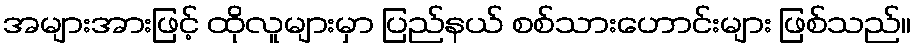
အများအားဖြင့် ထိုလူများမှာ ပြည်နယ် စစ်သားဟောင်းများ ဖြစ်သည်။